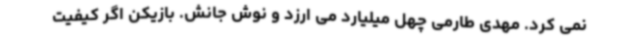
نمی کرد. مهدی طارمی چهل میلیارد می ارزد و نوش جانش. بازیکن اگر کیفیت